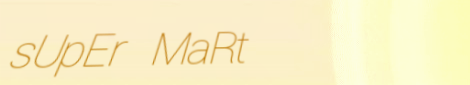
sUpEr MaRt